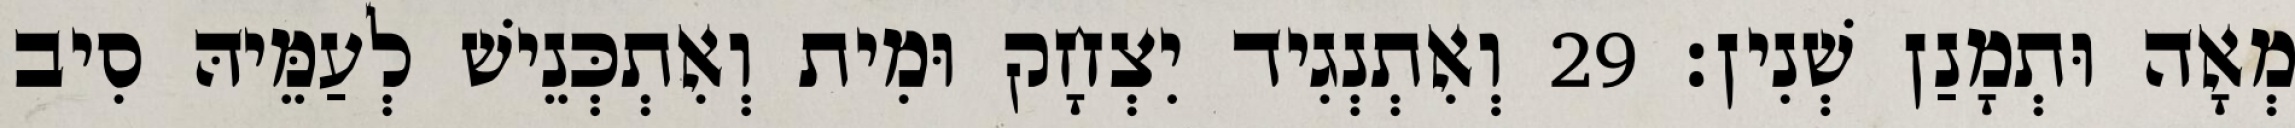
מְאָה וּתְמָנַן שְׁנִין׃ 29 וְאִתְנְגִיד יִצְחָק וּמִית וְאִתְכְּנֵישׁ לְעַמֵּיהּ סִיב